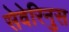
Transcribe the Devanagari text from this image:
सेवेरिनुस